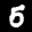
Label: 5